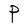
Character: P